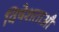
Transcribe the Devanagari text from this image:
विषेशताऔ